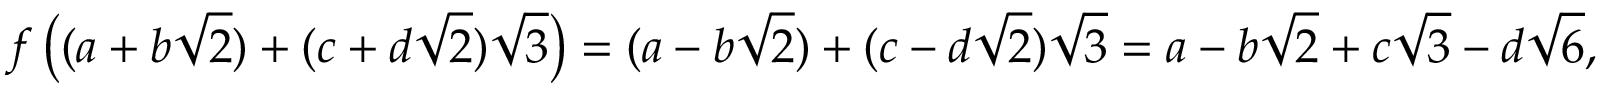
f \left( ( a + b { \sqrt { 2 } } ) + ( c + d { \sqrt { 2 } } ) { \sqrt { 3 } } \right) = ( a - b { \sqrt { 2 } } ) + ( c - d { \sqrt { 2 } } ) { \sqrt { 3 } } = a - b { \sqrt { 2 } } + c { \sqrt { 3 } } - d { \sqrt { 6 } } ,